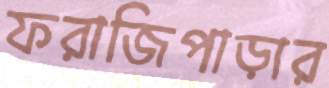
ফরাজিপাড়ার